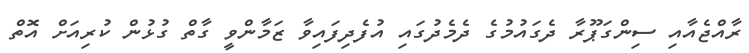
ރާއްޖެއާއި ސިންގަޕޫރާ ދެގައުމުގެ ދެމެދުގައި އުފެދިފައިވާ ޒަމާންވީ ގާތް ގުޅުން ކުރިއަށް އޮތް